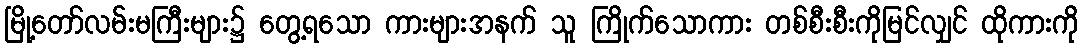
မြို့တော်လမ်းမကြီးများ၌ တွေ့ရသော ကားများအနက် သူ ကြိုက်သောကား တစ်စီးစီးကိုမြင်လျှင် ထိုကားကို